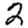
Digit: 2